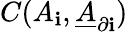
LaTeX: C(A_{\mathbf{i}},\underline{{{A}}}_{\partial\mathbf{i}})